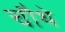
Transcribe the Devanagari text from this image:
चाैथे